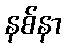
နစ်နာ